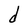
Character: d